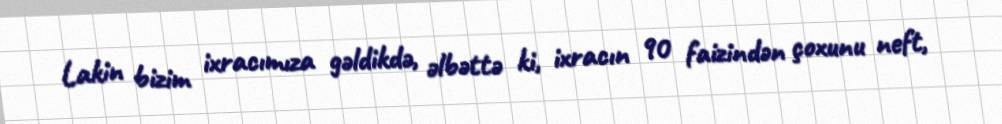
Lakin bizim ixracımıza gəldikdə, əlbəttə ki, ixracın 90 faizindən çoxunu neft,